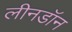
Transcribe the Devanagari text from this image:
लीनडॉन